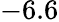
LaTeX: -6.6